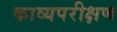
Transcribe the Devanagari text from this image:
काव्यपरीक्षण